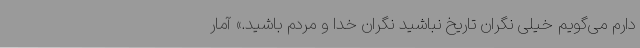
دارم می‌گویم خیلی نگران تاریخ نباشید نگران خدا و مردم باشید.» آمار